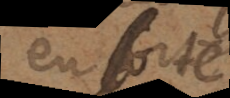
en sorte